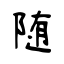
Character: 随